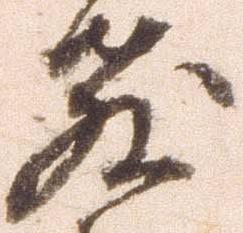
教